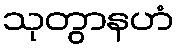
သုတွာနဟံ